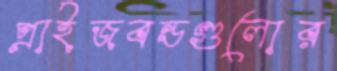
প্রাইজবন্ডগুলোর